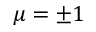
\mu = \pm 1